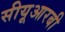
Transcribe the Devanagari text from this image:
सीयूआरबी